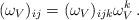
LaTeX: \begin{align*}(\omega_{V})_{ij} = (\omega_{V})_{ijk} \omega^{k}_{V}\,. \end{align*}